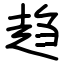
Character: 趋